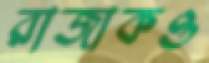
রাজাকও